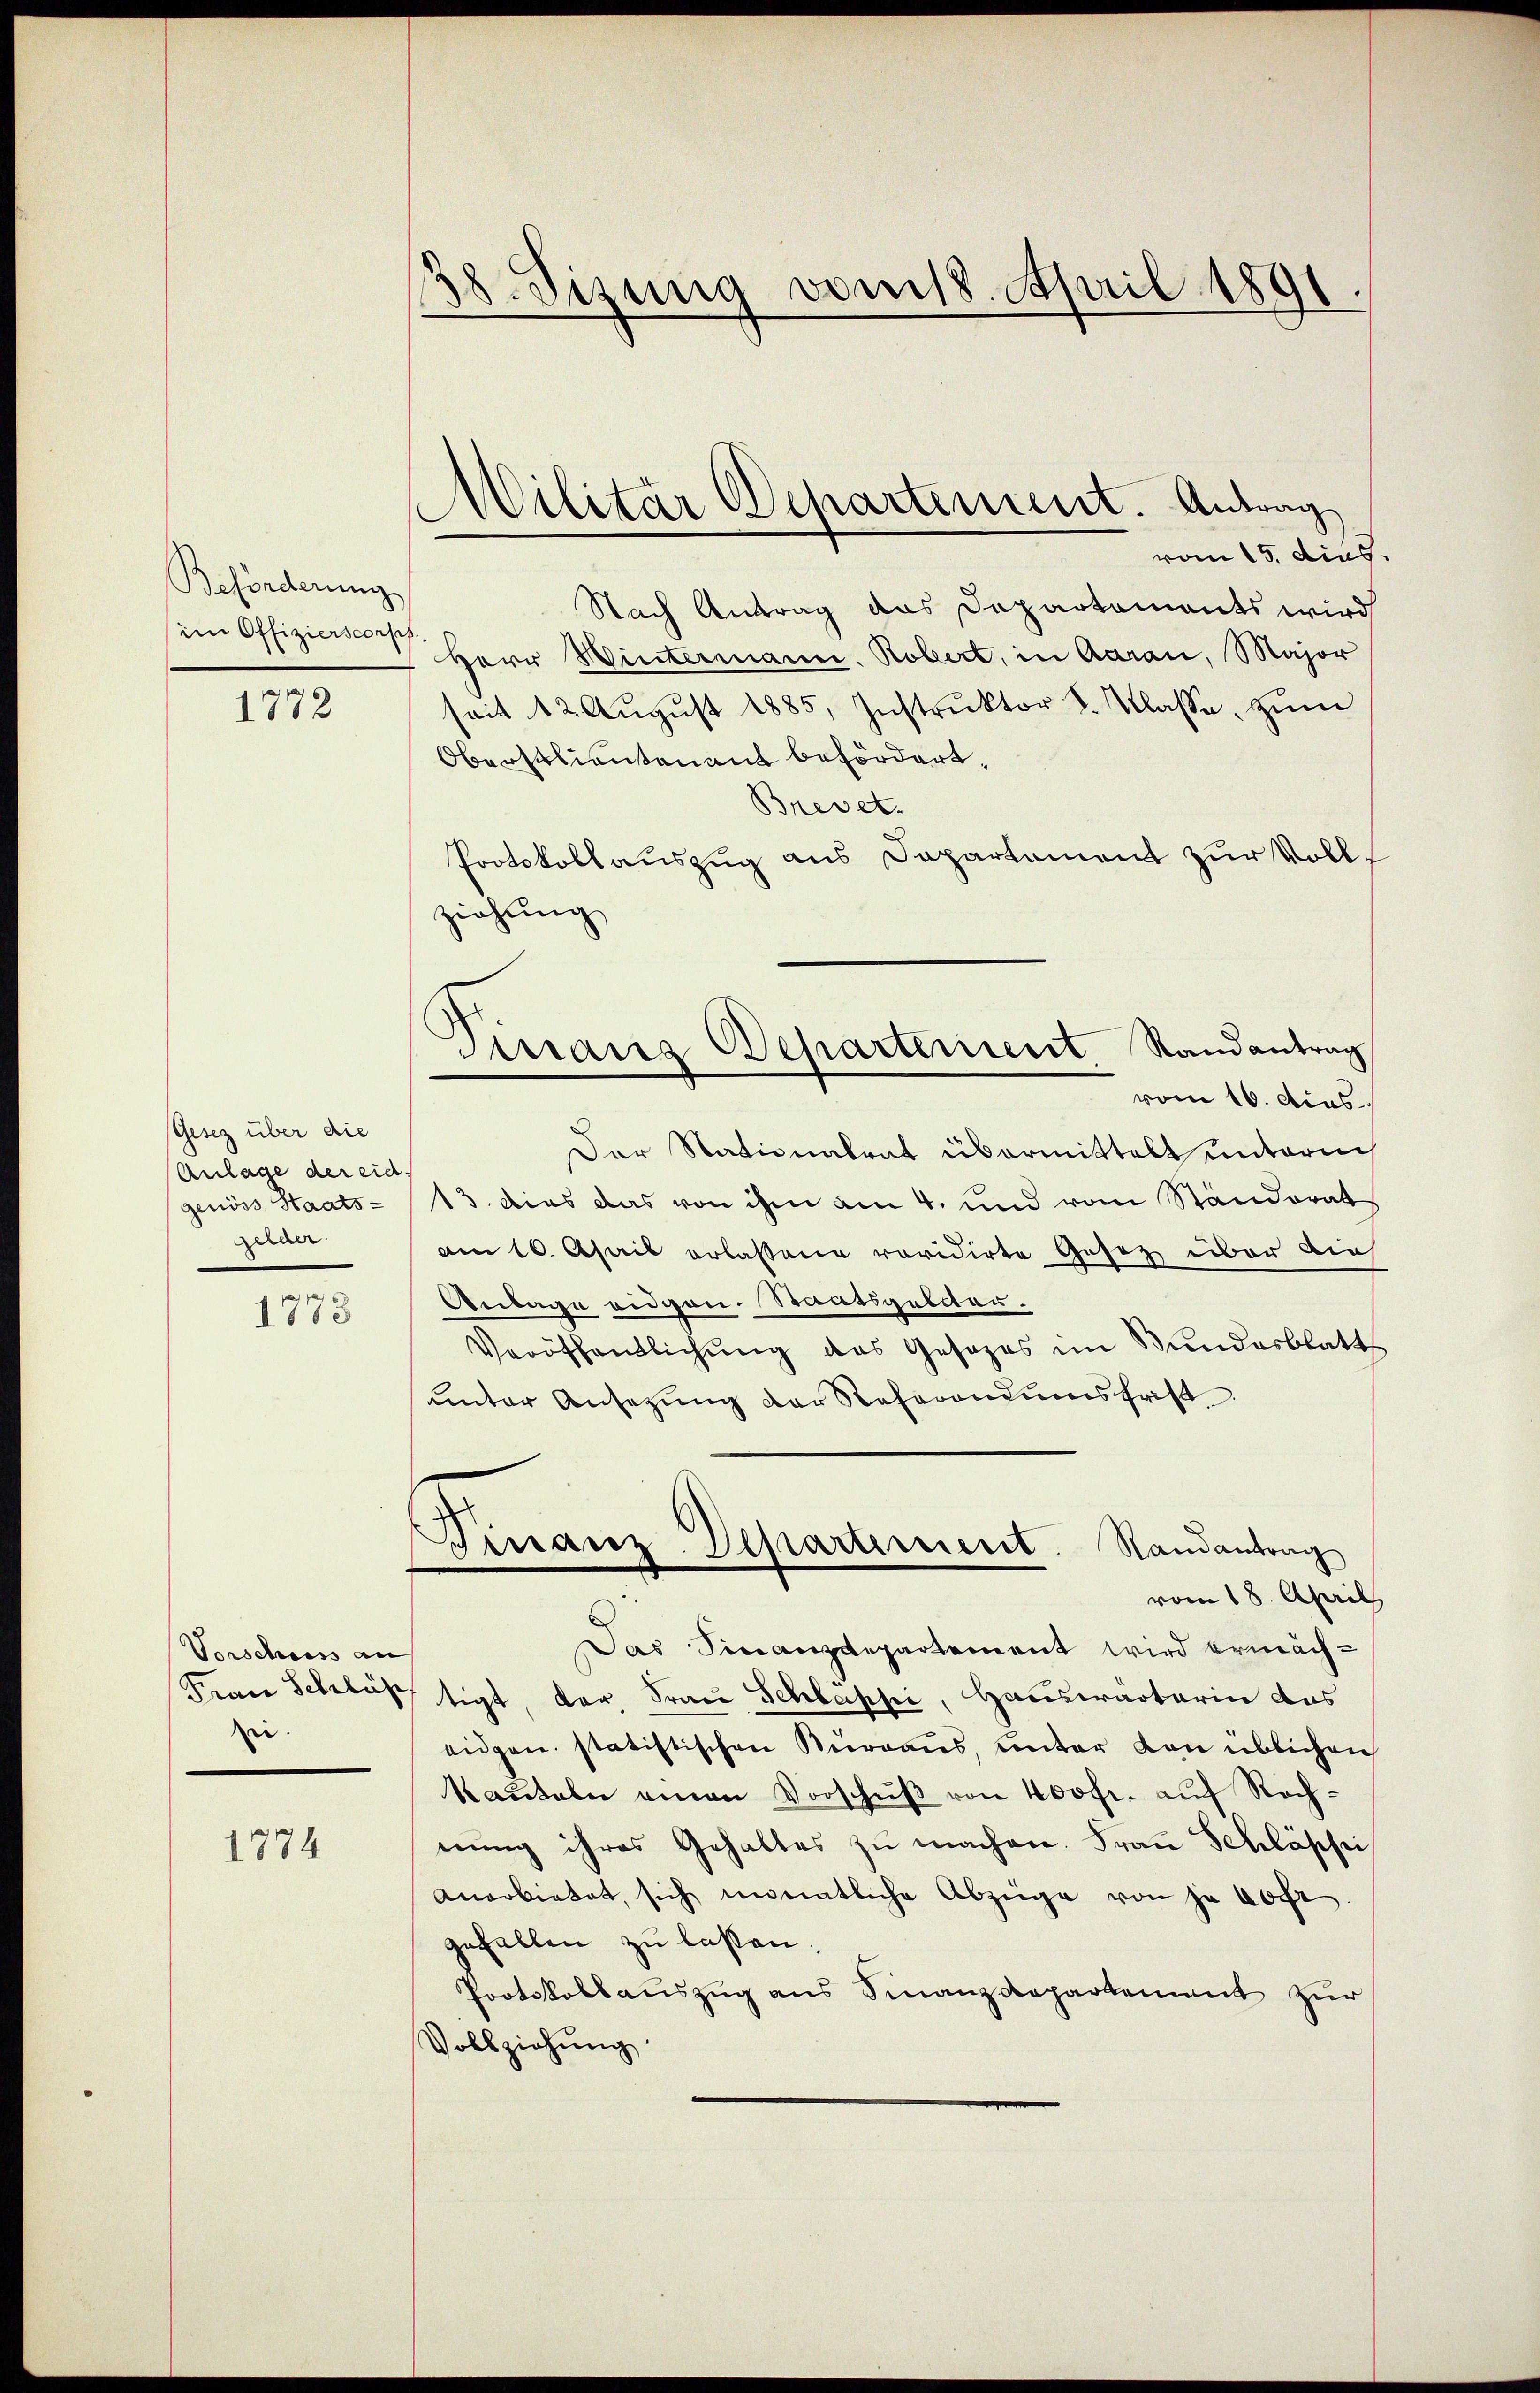
Befinderung
im Offizierscorph

1772

Gesez über die
Anlage der eid.
genöss, Staats-
gelder.

1773

Vorschiess an
Frau Schläß
zie

1774

38. Sizung vom 18. April 1891.

Militär Departement. Antrag

Dirranz Departerient Randantrag
vom 16. dies

vom 15. dies
Nach Antrag das Departaments wird
Herr Wintermann. Robert, in Aarau, Major
seit 12. Aŭgŭst 1885, Instrŭktor F. Klasse, zŭm
Oberstliensten auf befördert,
Brevet.
Protokollauszug aus Dapartament zur Vollziehung
Der Stationalrat übermittelt unterm
13. dies das von ihm am 4. und vom Ständerat
am 10. April erlassene revidirte Gesetz über dies
Antage eidgen. Staatsgebitar¬
Veröffentlichung das Gesezes im Bundesblatt
unter Ansezung der Referandumsfrist
Finanz-Departement. Randantrag
vom 18. April
Das Finanzdepartement wird ermächtigt, der Frau Schlappi, Hauswarterin das
eidgen. statistischen Kurgaus unter von üblichen
Kaŭteln einen Vorschŭβ von 400fr. auf Rechnŭng ihres Gehaltes zŭ machen. Frau Schlässi
anerbietet, sich monatliche Abzüge von je noc
gefallen zu lassen,
Protokollauszug aus Finanzdepartement zur
Vollziehung.